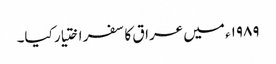
۱۹۸۹ء میں عراق کا سفر اختیار کیا۔